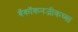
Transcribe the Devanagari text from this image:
बँकॉकनजीकच्या